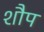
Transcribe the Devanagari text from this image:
शौप